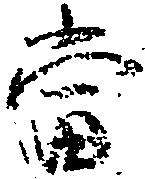
当